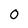
Character: 0